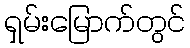
ရှမ်းမြောက်တွင်